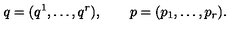
q = ( q ^ { 1 } , \ldots , q ^ { r } ) , \qquad p = ( p _ { 1 } , \ldots , p _ { r } ) .